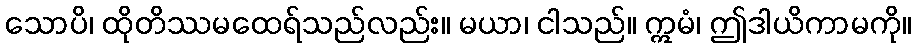
သောပိ၊ ထိုတိဿမထေရ်သည်လည်း။ မယာ၊ ငါသည်။ ဣမံ၊ ဤဒါယိကာမကို။